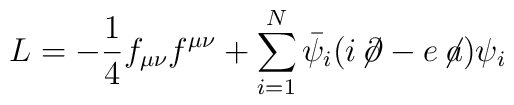
L=-\frac{1}{4} f_{\mu \nu}f^{\mu \nu} + \sum_{i=1}^{N} \bar{\psi_i}( i \!\not\!\partial  -e \!\not\! a  )\psi_i